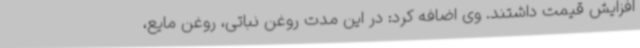
افزایش قیمت داشتند. وی اضافه کرد: در این مدت روغن نباتی، روغن مایع،